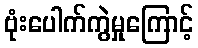
ဗုံးပေါက်ကွဲမှုကြောင့်